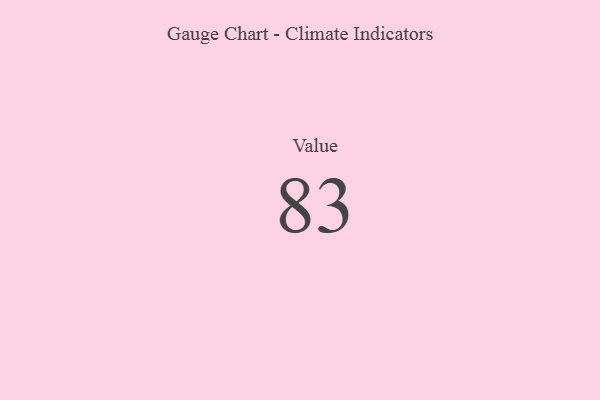
{"axis": {"x": "Metric", "y": "Value"}, "legend": [""], "data": [{"x": "Value", "y": 83, "type": ""}]}